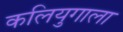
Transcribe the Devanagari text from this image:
कलियुगाला